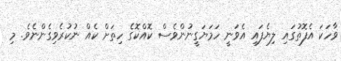
ވާހަކަ އެފޮތުގައި ލިޔެފައި އެވަނީ ހަމަޔަގީނުންވެސް ކޮއްކޮގެ ހިތަށް ކެއް ނުކުރެވިގެންނެވެ. މި